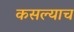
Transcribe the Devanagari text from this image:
कसल्याच